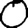
Digit: 0